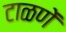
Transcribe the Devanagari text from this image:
टाळणें